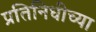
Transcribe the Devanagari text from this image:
प्रतिनिधीच्या